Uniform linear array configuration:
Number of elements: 4
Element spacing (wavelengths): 1
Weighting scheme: hamming
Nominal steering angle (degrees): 15
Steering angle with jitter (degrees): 15.469
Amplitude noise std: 0.05
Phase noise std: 0.05

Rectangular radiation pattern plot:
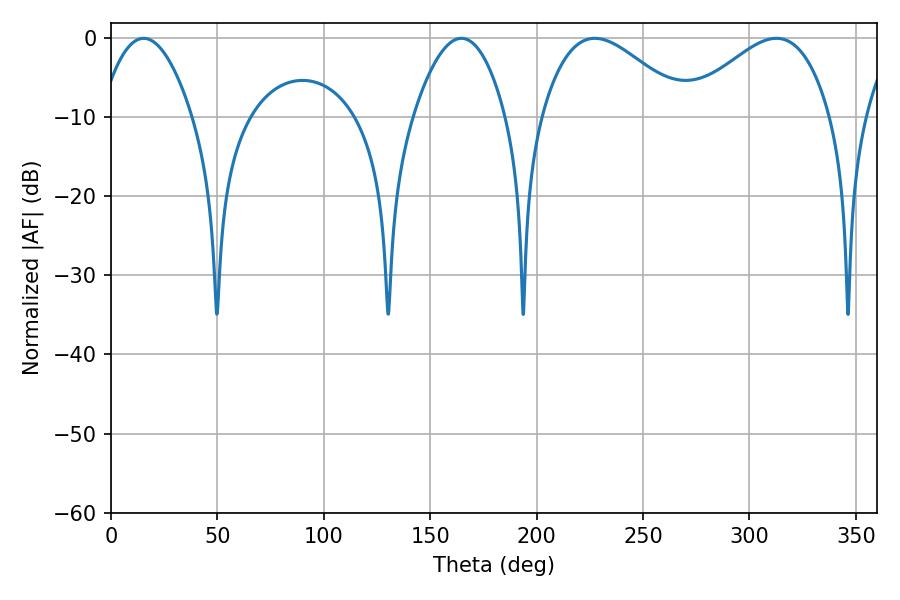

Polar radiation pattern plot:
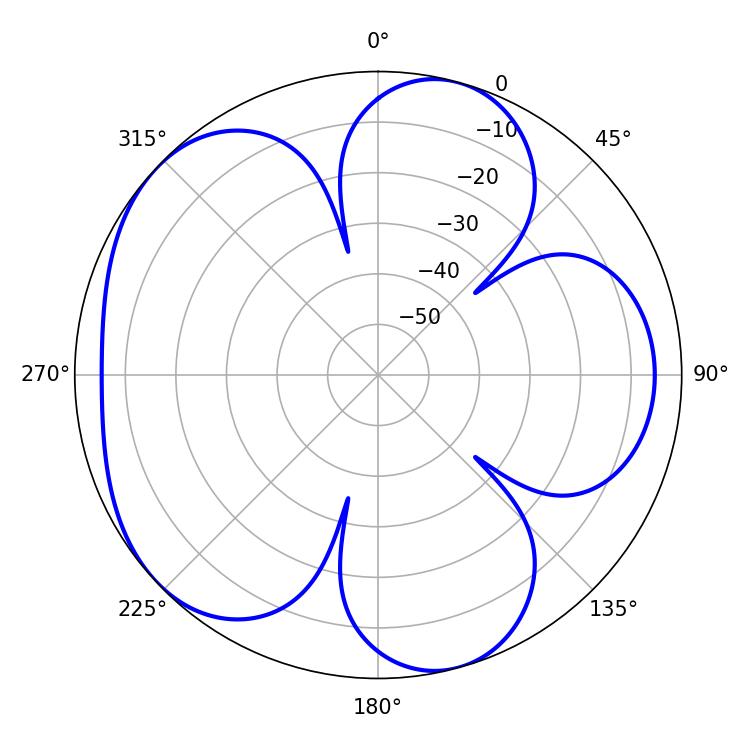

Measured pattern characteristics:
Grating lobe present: TRUE
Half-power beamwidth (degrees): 36.9
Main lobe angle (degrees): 227.34